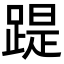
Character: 踶